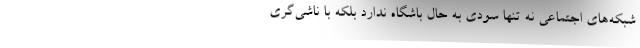
شبکه‌های اجتماعی نه تنها سودی به حال باشگاه ندارد بلکه با ناشی‌گری